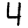
Digit: 4